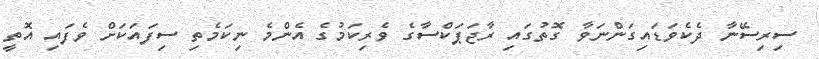
ސިރިސޭނާ ދެކެވަޑައިގަންނަވާ ގޮތުގައި ރާޖަޕަކްސާގެ ވެރިކަމުގެ އެންމެ ނިކަމެތި ސިފައަކަށް ވެފައި އޮތީ